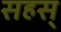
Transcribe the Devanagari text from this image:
सहस्